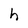
Character: h